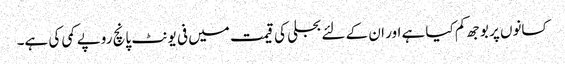
کسانوں پر بوجھ کم کیا ہے اور ان کے لئے بجلی کی قیمت میں فی یونٹ پانچ روپے کمی کی ہے۔